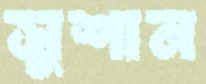
সুশান